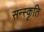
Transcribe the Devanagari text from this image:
सन्स्कृति